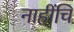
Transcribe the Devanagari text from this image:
नाहींचि